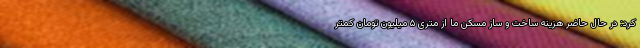
کرد: در حال حاضر هزینه ساخت و ساز مسکن ما از متری ۵ میلیون تومان کمتر